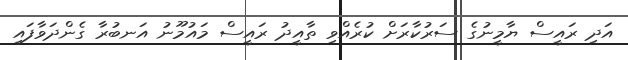
އަދި ރައީސް ޔާމީނުގެ ސަރުކާރަށް ކުރެއްވި ތާއީދު ރައީސް މައުމޫނު އަނބުރާ ގެންދަވާފައި